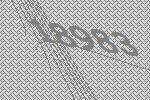
18983